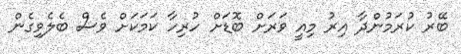
ބޭރު ކުރަމުންދާ އިރު މިއީ ވަރަށް ބޮޑަށް ހުރިހާ ކަމަކަށް ވެސް ބެލެވިގެން